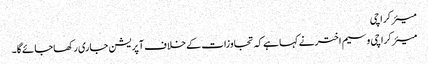
میئر کراچی
میئرکراچی وسیم اخترنے کہا ہےکہ تجاوزات کےخلاف آپریشن جاری رکھاجائےگا۔